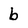
Character: b